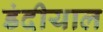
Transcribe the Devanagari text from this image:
डंदीयाल